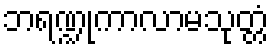
ဘရဏ္ဍုကာလာမသုတ္တံ